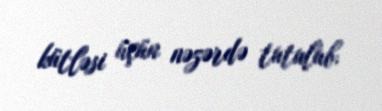
kütləsi üçün nəzərdə tutulub.